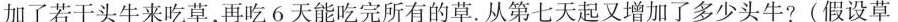
加了若干头牛来吃草，再吃6天能吃完所有的草。从第七天起又增加了多少头牛?(假设草